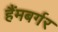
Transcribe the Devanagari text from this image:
हैंमबर्गर